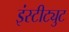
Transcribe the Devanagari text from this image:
इंस्‍टीट्युट